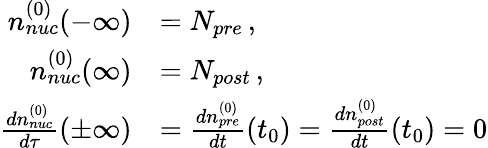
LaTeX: \begin{array}{rl}{n_{nuc}^{(0)}(-\infty)}&{=N_{pre}\, ,}\\ {n_{nuc}^{(0)}(\infty)}&{=N_{post}\, ,}\\ {{\frac{dn_{nuc}^{(0)}}{d\tau}}(\pm\infty)}&{={\frac{dn_{pre}^{(0)}}{dt}}(t_{0})={\frac{dn_{post}^{(0)}}{dt}}(t_{0})=0}\end{array}